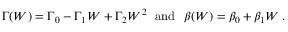
\Gamma ( W ) = \Gamma _ { 0 } - \Gamma _ { 1 } W + \Gamma _ { 2 } W ^ { 2 } \mathrm { \ \ a n d \ \ } \beta ( W ) = \beta _ { 0 } + \beta _ { 1 } W \, .